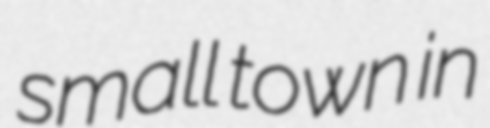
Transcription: small town in